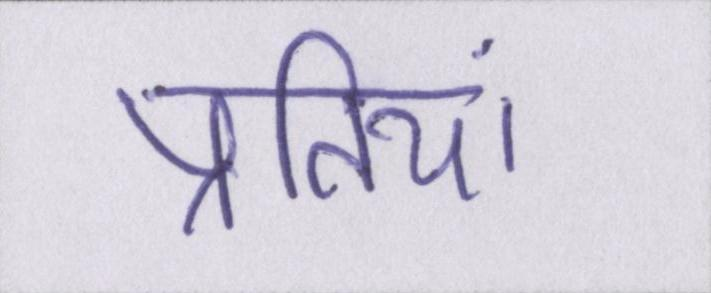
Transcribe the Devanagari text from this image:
प्रतियां